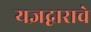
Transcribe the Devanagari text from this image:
यज्ञद्वाराचे